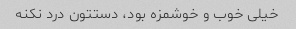
خیلی خوب و خوشمزه بود، دستتون درد نکنه